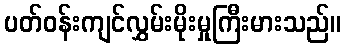
ပတ်ဝန်းကျင်လွှမ်းမိုးမှုကြီးမားသည်။